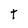
Character: t